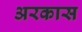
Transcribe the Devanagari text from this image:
अरकास